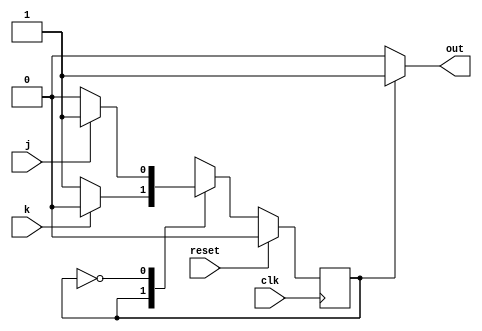
module top_module(
    input clk,
    input reset,
    input j,
    input k,
    output out
);  
    parameter OFF = 0, ON = 1; 
    reg state, next_state;

    always @(*) begin
        case (state)
            ON : if (k) begin
                next_state = OFF;
            end
            else begin
                next_state = ON;
            end
            OFF : if (j) begin
                next_state = ON;
            end
            else begin
                next_state = OFF;
            end
        endcase
    end

    always @(posedge clk) begin
        if (reset) begin
            state <= OFF;
        end
        else begin
            state <= next_state;
        end
    end

    assign out = (state == ON) ? 1'b1 : 1'b0;

endmodule